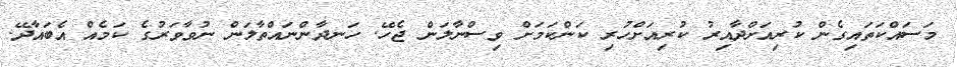
މަސައްކަތައިގެން ކުރިއަށްދާއިރު ކުރިއަށްހުރި ކަންކަމަށް ވިސްނާލަން ޖެހޭ. ހަނދާންނައްތާލަން ނުވާވަރުގެ ކަމެއް އެބައާދޭ.